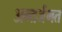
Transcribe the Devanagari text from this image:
अन्तर्जगत